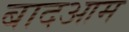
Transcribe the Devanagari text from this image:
बादआम